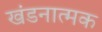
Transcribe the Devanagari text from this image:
खंडनात्मक